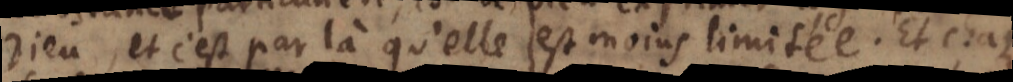
Dieu, et c’est par là qu’elle est moins limitée. Et chaque